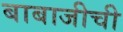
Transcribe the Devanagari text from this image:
बाबाजीची